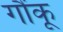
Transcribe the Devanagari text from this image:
गौंकू